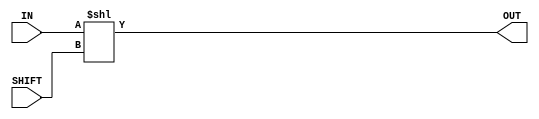

// test_simulation_shifter_left_16_test.v
module f1_test(input [15:0] IN, input [4:0] SHIFT, output [15:0] OUT);

assign OUT = IN << SHIFT;
endmodule

// test_simulation_shifter_left_32_test.v
module f2_test(input [31:0] IN, input [5:0] SHIFT, output [31:0] OUT);

assign OUT = IN << SHIFT;
endmodule

// test_simulation_shifter_left_4_test.v
module f3_test(input [3:0] IN, input [2:0] SHIFT, output [3:0] OUT);

assign OUT = IN << SHIFT;
endmodule

// test_simulation_shifter_left_64_test.v
module f4_test(input [63:0] IN, input [6:0] SHIFT, output [63:0] OUT);

assign OUT = IN << SHIFT;
endmodule

// test_simulation_shifter_left_8_test.v
module f5_test(input [7:0] IN, input [3:0] SHIFT, output [7:0] OUT);

assign OUT = IN << SHIFT;
endmodule

// test_simulation_shifter_right_16_test.v
module f6_test(input [15:0] IN, input [4:0] SHIFT, output [15:0] OUT);

assign OUT = IN >> SHIFT;
endmodule

// test_simulation_shifter_right_32_test.v
module f7_test(input [31:0] IN, input [5:0] SHIFT, output [31:0] OUT);

assign OUT = IN >> SHIFT;
endmodule

// test_simulation_shifter_right_4_test.v
module f8_test(input [3:0] IN, input [2:0] SHIFT, output [3:0] OUT);

assign OUT = IN >> SHIFT;
endmodule

// test_simulation_shifter_right_64_test.v
module f9_test(input [63:0] IN, input [6:0] SHIFT, output [63:0] OUT);

assign OUT = IN >> SHIFT;
endmodule

// test_simulation_shifter_right_8_test.v
module f10_test(input [7:0] IN, input [3:0] SHIFT, output [7:0] OUT);

assign OUT = IN >> SHIFT;
endmodule